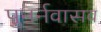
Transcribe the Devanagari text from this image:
पुनर्नवासव